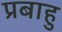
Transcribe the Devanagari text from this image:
प्रबाहु